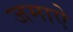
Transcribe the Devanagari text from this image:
जमाऐ